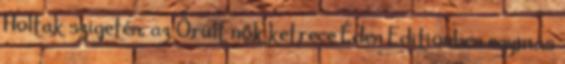
Holtak szigetén, az Őrült nők ketrece Éden Editionben egymás